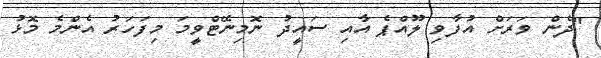
"ދެން ވަރަށް އުފާވި ލޫއްޕެ އާއި ސައީދު ނޮމިނޭޓްވީމަ މިފަހަރު އެންމެ މޮޅު